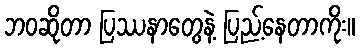
ဘဝဆိုတာ ပြဿနာတွေနဲ့ ပြည့်နေတာကိုး။